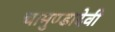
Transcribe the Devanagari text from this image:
चामुण्डादेवी